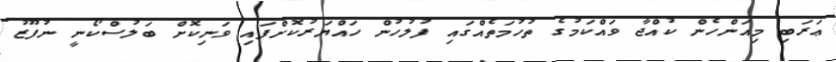
ޢަރަބި މިއަންހެން ކުއްޖާ ވައްކަމުގެ ތުހުމަތެއްގައި ފުލުހުން ހައްޔަރުކޮށްފައި ވަނިކޮށް ބަލުސްކޯނީ ނުފޫޒު